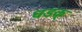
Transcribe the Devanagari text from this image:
धडक्